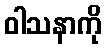
ဝါသနာကို